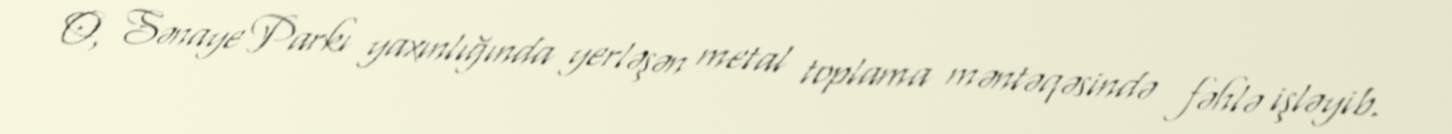
O, Sənaye Parkı yaxınlığında yerləşən metal toplama məntəqəsində fəhlə işləyib.